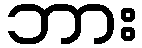
ဘား